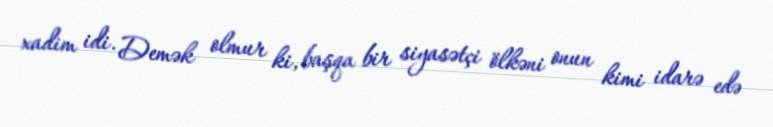
xadim idi. Demək olmur ki, başqa bir siyasətçi ölkəni onun kimi idarə edə